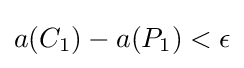
{\textstyle a(C_{1})-a(P_{1})<\epsilon }